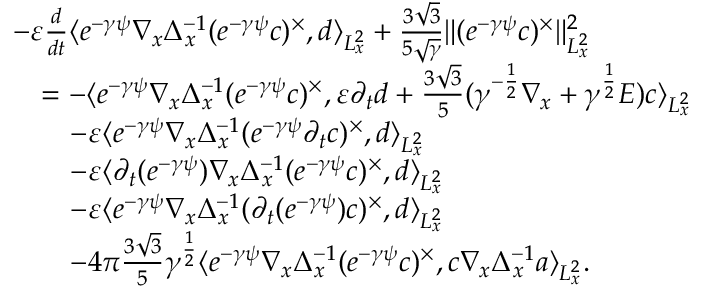
\begin{array} { r l } & { - \varepsilon \frac { d } { d t } \langle e ^ { - \gamma \psi } \nabla _ { x } \Delta _ { x } ^ { - 1 } ( e ^ { - \gamma \psi } c ) ^ { \times } , d \rangle _ { L _ { x } ^ { 2 } } + \frac { 3 \sqrt { 3 } } { 5 \sqrt { \gamma } } \| ( e ^ { - \gamma \psi } c ) ^ { \times } \| _ { L _ { x } ^ { 2 } } ^ { 2 } } \\ & { \quad = - \langle e ^ { - \gamma \psi } \nabla _ { x } \Delta _ { x } ^ { - 1 } ( e ^ { - \gamma \psi } c ) ^ { \times } , \varepsilon \partial _ { t } d + \frac { 3 \sqrt { 3 } } { 5 } ( \gamma ^ { - \frac { 1 } { 2 } } \nabla _ { x } + \gamma ^ { \frac { 1 } { 2 } } E ) c \rangle _ { L _ { x } ^ { 2 } } } \\ & { \quad \quad - \varepsilon \langle e ^ { - \gamma \psi } \nabla _ { x } \Delta _ { x } ^ { - 1 } ( e ^ { - \gamma \psi } \partial _ { t } c ) ^ { \times } , d \rangle _ { L _ { x } ^ { 2 } } } \\ & { \quad \quad - \varepsilon \langle \partial _ { t } ( e ^ { - \gamma \psi } ) \nabla _ { x } \Delta _ { x } ^ { - 1 } ( e ^ { - \gamma \psi } c ) ^ { \times } , d \rangle _ { L _ { x } ^ { 2 } } } \\ & { \quad \quad - \varepsilon \langle e ^ { - \gamma \psi } \nabla _ { x } \Delta _ { x } ^ { - 1 } ( \partial _ { t } ( e ^ { - \gamma \psi } ) c ) ^ { \times } , d \rangle _ { L _ { x } ^ { 2 } } } \\ & { \quad \quad - 4 \pi \frac { 3 \sqrt { 3 } } { 5 } \gamma ^ { \frac { 1 } { 2 } } \langle e ^ { - \gamma \psi } \nabla _ { x } \Delta _ { x } ^ { - 1 } ( e ^ { - \gamma \psi } c ) ^ { \times } , c \nabla _ { x } \Delta _ { x } ^ { - 1 } a \rangle _ { L _ { x } ^ { 2 } } . } \end{array}